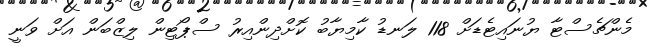
މެންޗެސްޓާ ޔުނައިޓެޑަށް 118 ލަނޑު ކާމިޔާބު ކޮށްދިންއިރު ސްޕޯޓިން ލިޒްބަން އަށް ވަނީ